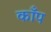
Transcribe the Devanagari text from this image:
कॉँप